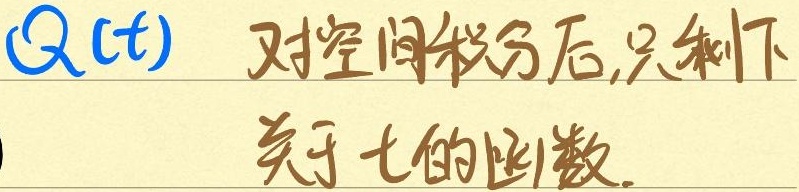
\(Q(t)\) 对空间积分后,只剩下
关于\(t\)的函数.